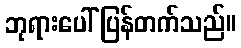
ဘုရားပေါ် ပြန်တက်သည်။